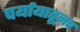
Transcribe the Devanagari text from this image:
पर्यायातूनच